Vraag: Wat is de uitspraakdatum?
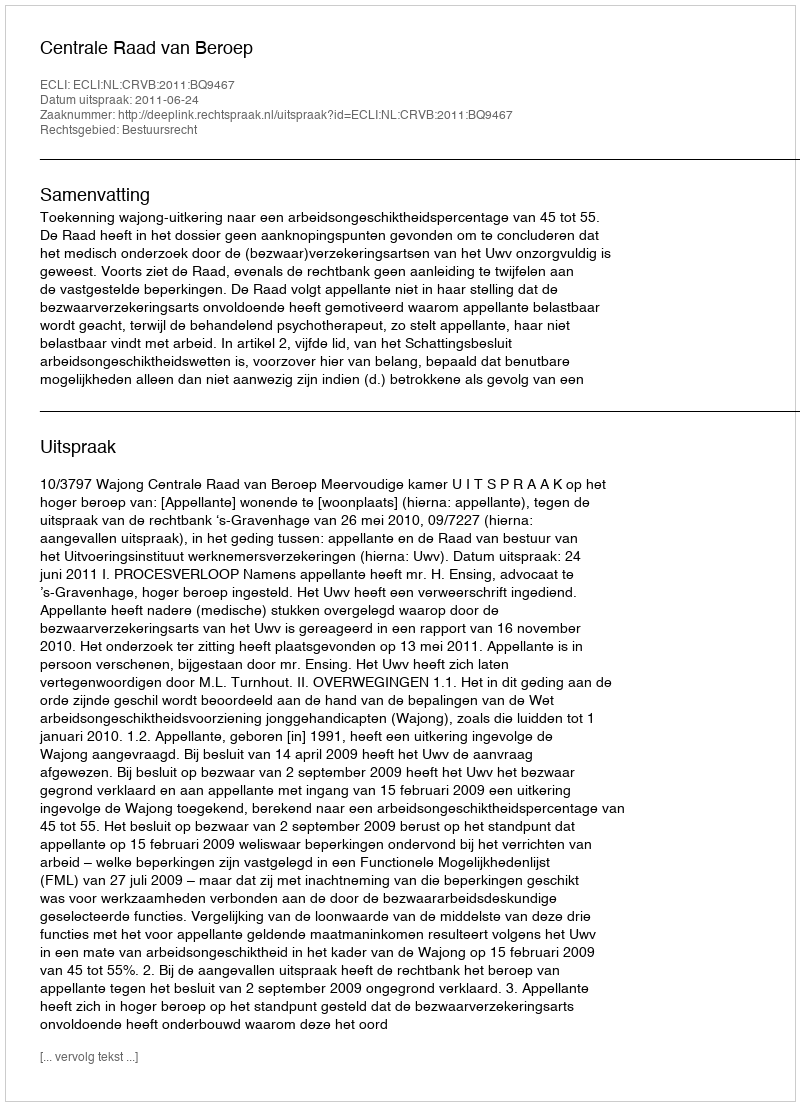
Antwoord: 2011-06-24